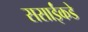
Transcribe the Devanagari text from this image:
ससाईंकडे